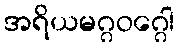
အရိယမဂ္ဂဝဂ္ဂေါ